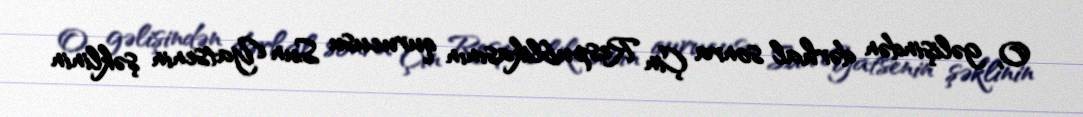
O, gəlişindən dərhal sonra Çin Respublikasının qurucusu Sun Yatsenin şəklinin